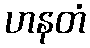
ဟနတံ